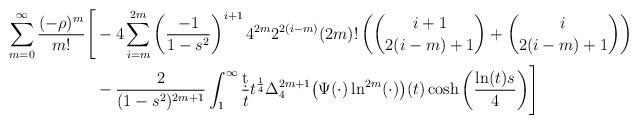
LaTeX: \begin{align*}\sum_{m=0}^\infty\frac{(-\rho)^{m}}{m!}\Biggr[&-4\sum_{i=m}^{2m}\left(\frac{-1}{1-s^2}\right)^{i+1}4^{2m}2^{2(i-m)}(2m)!\left(\binom{i+1}{2(i-m)+1}+\binom{i}{2(i-m)+1}\right)\\&-\frac{2}{(1-s^2)^{2m+1}}\int_1^\infty\frac{\d{t}}{t}t^{\frac{1}{4}}\Delta_4^{2m+1}\bigr(\Psi(\cdot)\ln^{2m}(\cdot)\bigr)(t)\cosh\left(\frac{\ln(t)s}{4}\right)\Biggr]\end{align*}